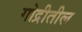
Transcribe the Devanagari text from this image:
गोद्रीतील